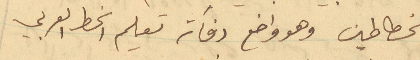
الخطاطين وهو واضع دفاتر تعليم الخط العربي